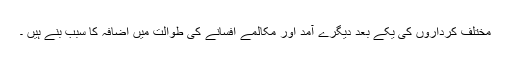
مختلف کرداروں کی یکے بعد دیگرے آمد اور مکالمے افسانے کی طوالت میں اضافہ کا سبب بنے ہیں ۔